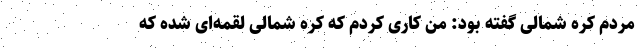
مردم کره شمالی گفته بود: من کاری کردم که کره شمالی لقمه‌ای شده که